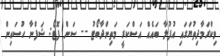
ވިކްރަމާދިތުޔަގައި އުފުލާ ބައެއް އަސްކަރީ މަތިންދާބޯޓު -- ސަން ފޮޓޯ: ޝަފްނާ ހުސައިން